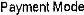
PAYMENT MODE